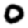
Digit: 0